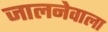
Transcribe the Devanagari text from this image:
जालनेवाला